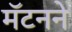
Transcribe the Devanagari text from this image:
मॅटनने